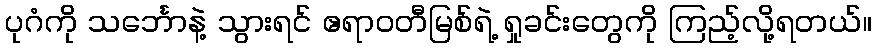
ပုဂံကို သင်္ဘောနဲ့ သွားရင် ဧရာဝတီမြစ်ရဲ့ ရှုခင်းတွေကို ကြည့်လို့ရတယ်။